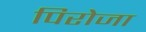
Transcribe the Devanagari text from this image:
पिरोजा